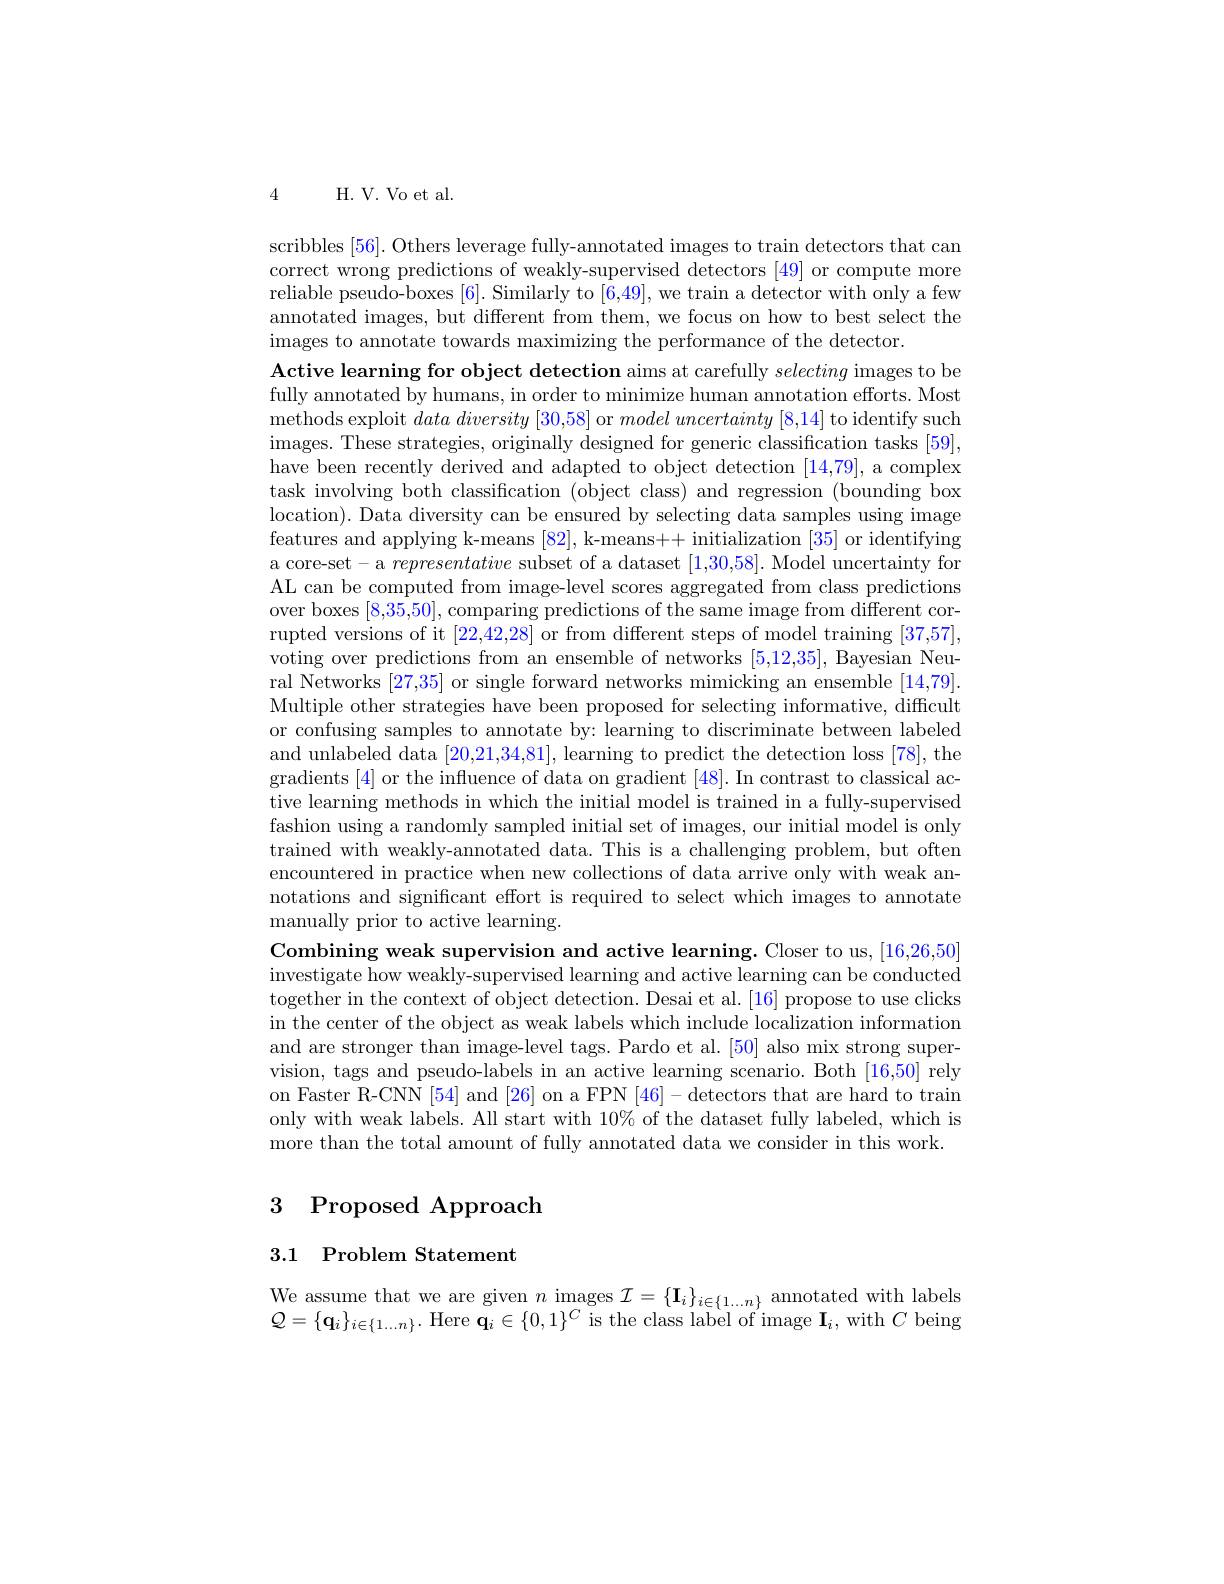
4

H. V. Vo et al.

scribbles [56]. Others leverage fully-annotated images to train detectors that can correct wrong predictions of weakly-supervised detectors [49] or compute more reliable pseudo-boxes [6]. Similarly to [6,49], we train a detector with only a few annotated images, but different from them, we focus on how to best select the images to annotate towards maximizing the performance of the detector.
Active learning for object detection aims at carefully selecting images to be fully annotated by humans, in order to minimize human annotation efforts. Most methods exploit $data\textit{ diversity [ 30, 58] or model uncertainty [ 8, 14] to identify such}$ images. These strategies, originally designed for generic classification tasks [ 59] , have been recently derived and adapted to object detection [14,79], a complex task involving both classification (object class) and regression (bounding box location). Data diversity can be ensured by selecting data samples using image features and applying k-means [82], k-means++ initialization [35] or identifying a core-set- a representative subset of a dataset [1,30,58]. Model uncertainty for AL can be computed from image-level scores aggregated from class predictions over boxes [8,35,50],comparing predictions of the same image from different corrupted versions of it [22,42,28] or from different steps of model training [37,57], voting over predictions from an ensemble of networks [5,12,35], Bayesian Neural Networks [27,35] or single forward networks mimicking an ensemble [14,79]. Multiple other strategies have been proposed for selecting informative, difficult or confusing samples to annotate by: learning to discriminate between labeled and unlabeled data [20,21,34,81], learning to predict the detection loss [78], the gradients [4] or the influence of data on gradient [48]. In contrast to classical active learning methods in which the initial model is trained in a fully-supervised fashion using a randomly sampled initial set of images, our initial model is only trained with weakly-annotated data. This is a challenging problem, but often encountered in practice when new collections of data arrive only with weak annotations and significant effort is required to select which images to annotate manually prior to active learning.
Combining weak supervision and active learning. Closer to us, [16,26,50] investigate how weakly-supervised learning and active learning can be conducted together in the context of object detection. Desai et al. [16] propose to use clicks in the center of the object as weak labels which include localization information and are stronger than image-level tags. Pardo et al. [50] also mix strong supervision, tags and pseudo-labels in an active learning scenario. Both [16,50] rely on Faster R-CNN [54] and [26] on a FPN [46]- detectors that are hard to train only with weak labels. All start with $10\%$ of the dataset fully labeled, which is more than the total amount of fully annotated data we consider in this work.

## 3 Proposed Approach

3.1 Problem Statement

We assume that we are given $n$ images $\mathcal{I} = \{ \mathbf{I} _{i}\} _{i\in \{ 1\ldots n\} }$ annotated with labels $Q= \{ \mathbf{q} _{i}\} _{i\in \{ 1\ldots n\} }.$ Here $\mathbf{q} _{i}\in \{ 0, 1\} ^{C}\mathrm{~is~the~class~label~of~image~I}_{i}$, with $C$ being